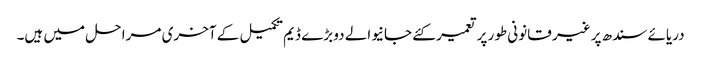
دریائے سندھ پر غیر قانونی طور پر تعمیر کئے جانیوالے دو بڑے ڈیم تکمیل کے آخری مرا حل میں ہیں۔